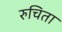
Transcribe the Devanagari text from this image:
रुचिता